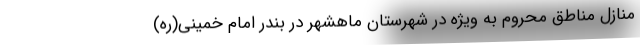
منازل مناطق محروم به ویژه در شهرستان ماهشهر در بندر امام خمینی(ره)